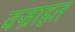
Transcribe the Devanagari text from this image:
वज्राहत